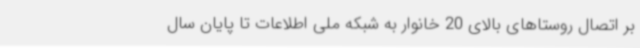
بر اتصال روستاهای بالای 20 خانوار به شبکه ملی اطلاعات تا پایان سال